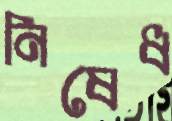
নিষেধ